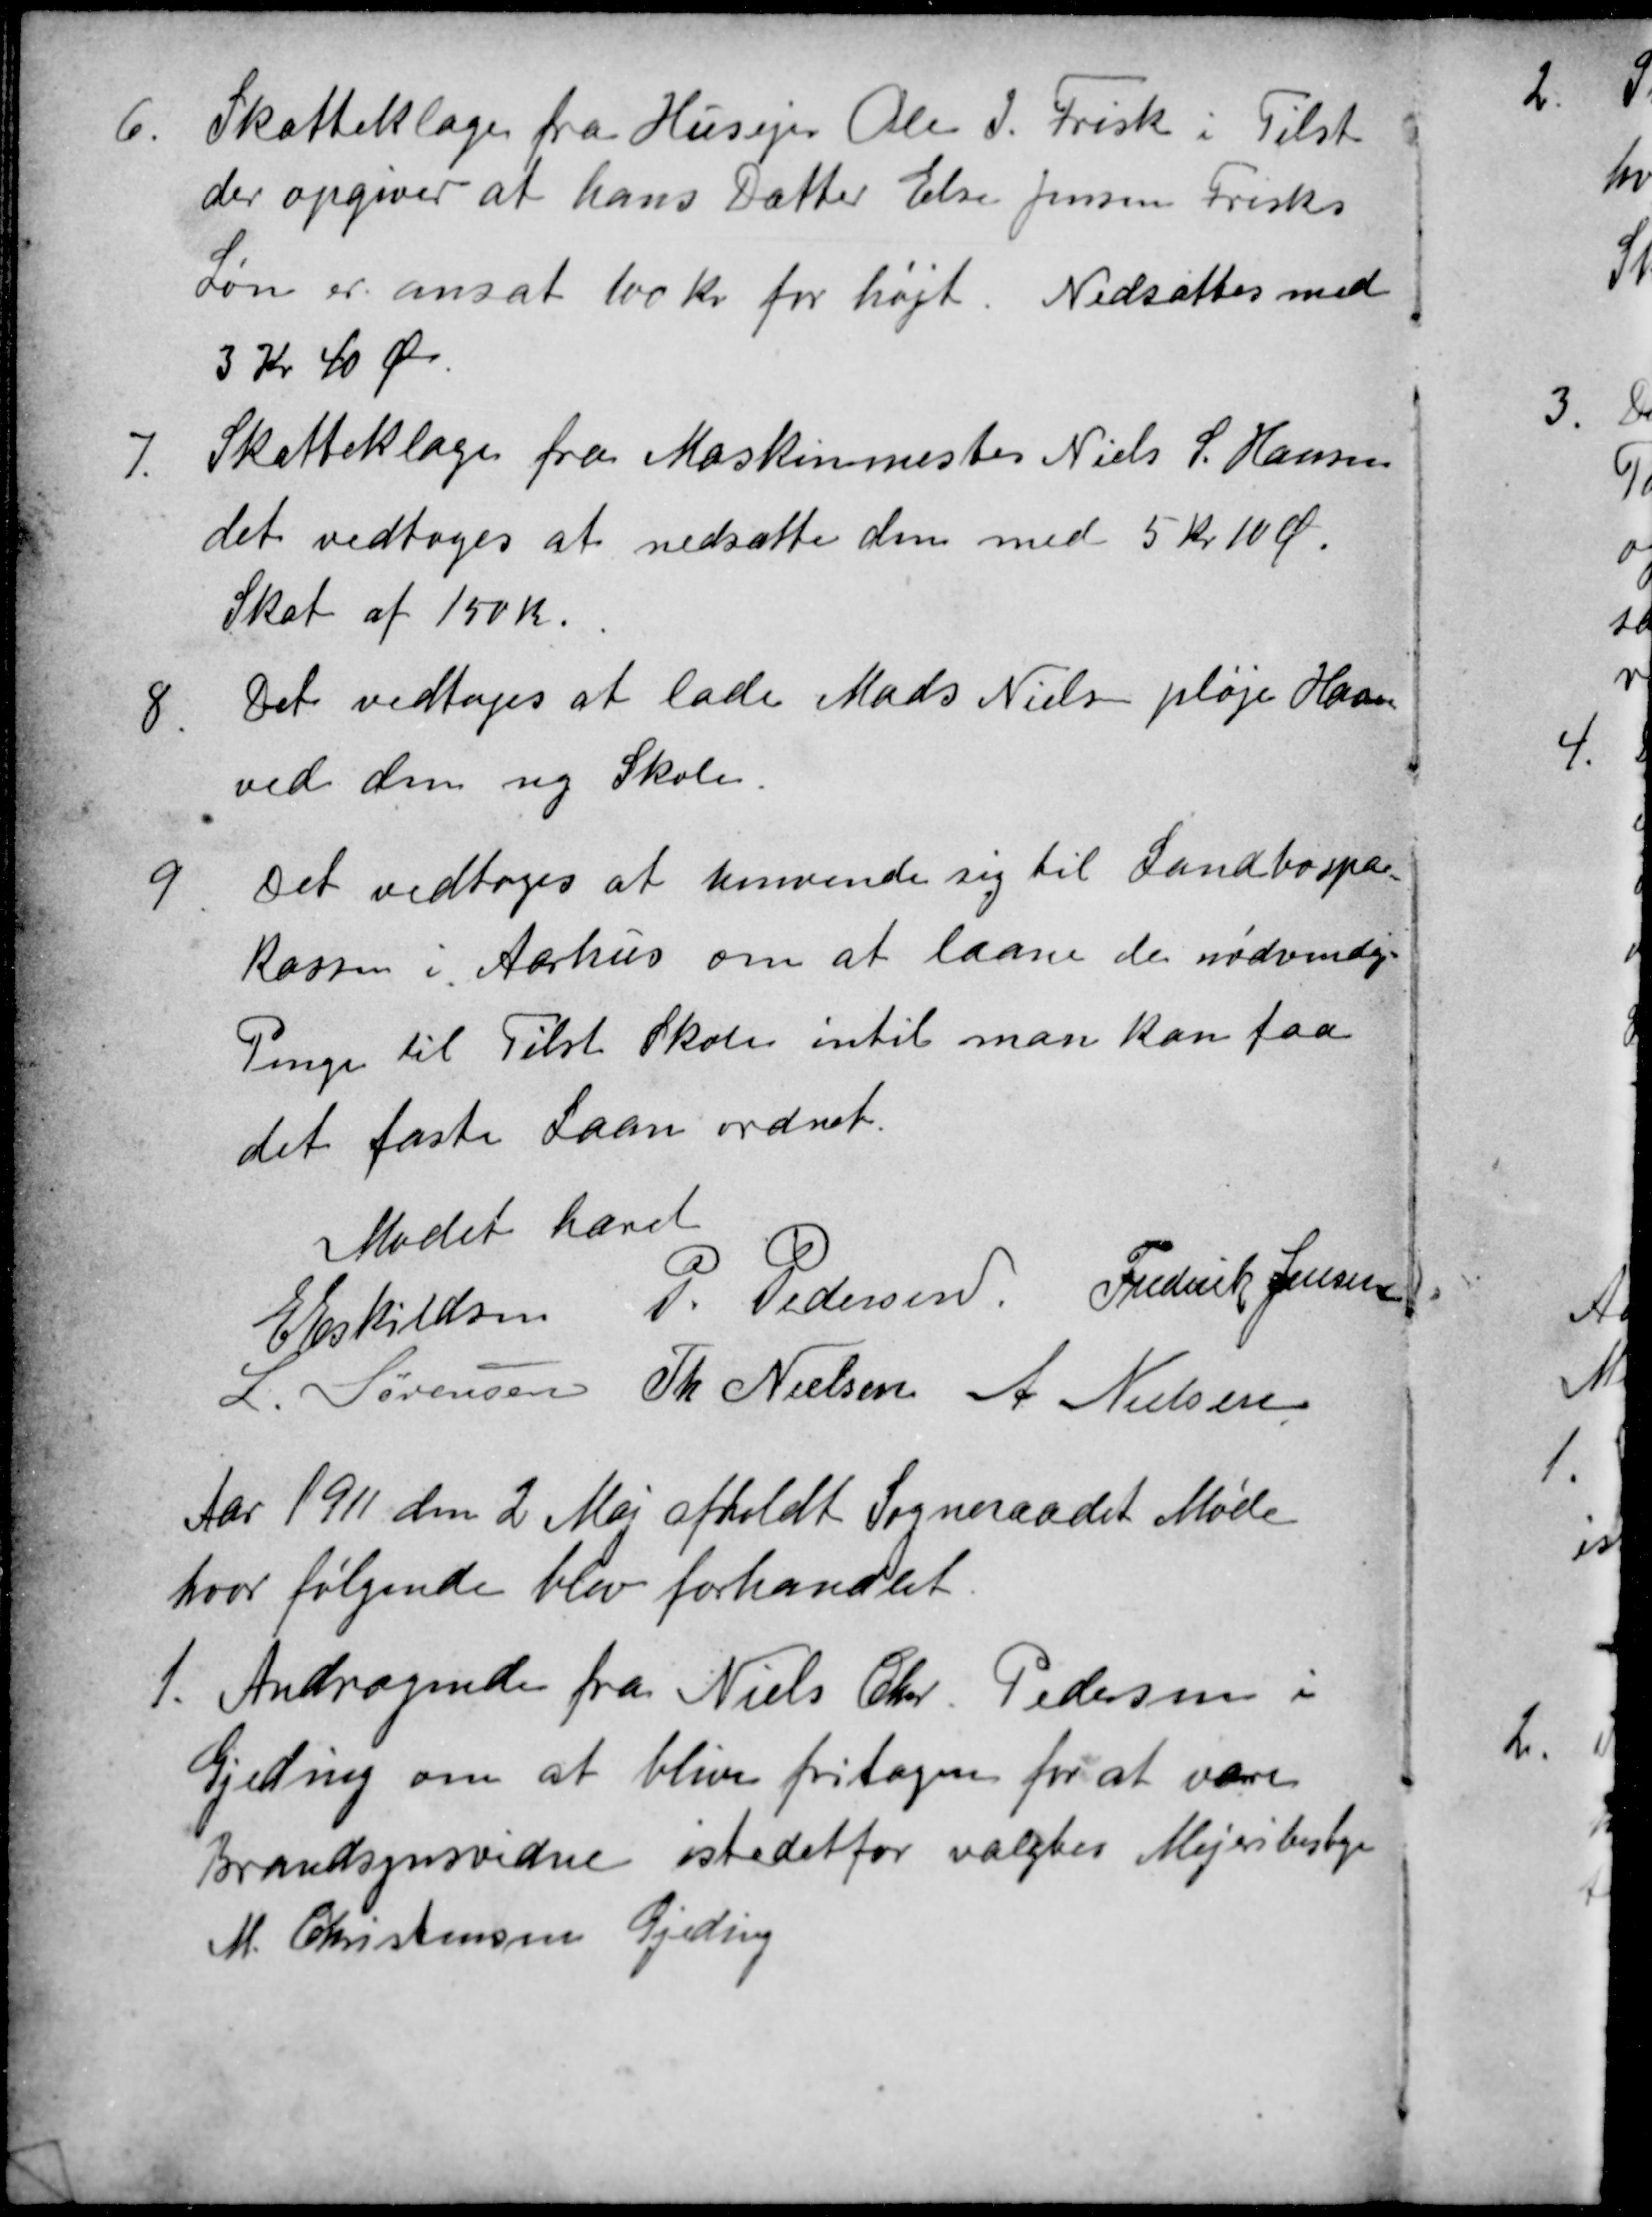
Transskription:
6
Skatteklage fra Husejer Ole J. Frisk i Tilst
der opgiver at hans Datter Else Jensen Frisks
Løn er ansat 100 Kr for højt. Nedsattes med
3 Kr 40 Ør.
7.
Skatteklage fra Maskinmester Niels S. Hansen
det vedtoges at nedsætte den med 5 Kr 10 Ø.
Skat af 150 Kr.
8.
Det vedtoges at lade Mads Nielsen pløje Haven
ved den ny Skole.
9
Det vedtoges at henvende sig til Landbospar-
kassen i Aarhus om at laane de nødvendige
Penge til Tilst Skole intil man kan faa
det faste Laan ordnet.
Mødet hævet
E Eskildsen
P. Pedersen
Frederik Jensen
L. Sørensen
Th Nielsen
A Nielsen
Aar 1911 den 2 Maj afholdt Sogneraadet Møde
hvor følgende blev forhandlet.
1. Andragende fra Niels Chr. Pedersen i
Gjeding om at blive fritagen for at være
Brandsynsvidne istedetfor valgtes Mejeribestyr
M. Christensen Gjeding